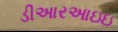
ડીઆરઆઇઇ